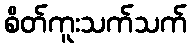
စိတ်ကူးသက်သက်